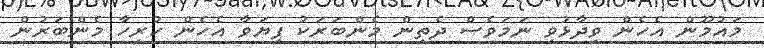
މައުމޫން އެހެން ވިދާޅުވި ނަމަވެސް ދެތިން މެންބަރަކު ފިޔަވާ އެހެން ހުރިހާ މެންބަރުން